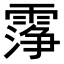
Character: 𬰆